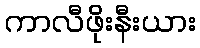
ကာလီဖိုးနီးယား